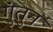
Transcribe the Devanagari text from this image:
गुंतुन